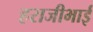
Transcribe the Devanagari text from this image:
हराजीभाई